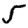
Digit: 5